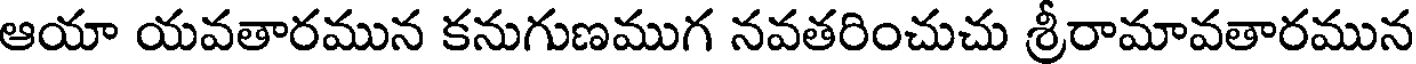
ఆయా యవతారమున కనుగుణముగ నవతరించుచు శ్రీరామావతారమున